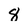
Character: 8